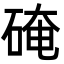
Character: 硽